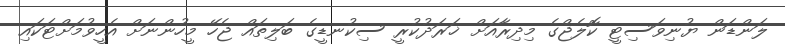
ލަންޑަން ޔުނިވަސިޓީ ކޮލެޖްގެ މިދިރާއަށް ޚަރަދުކުރީ ސިކުނޑީގެ ބަލިތައް ޖެހޭ މީހުންނަށް އެހީވުމަށްޓަކައި